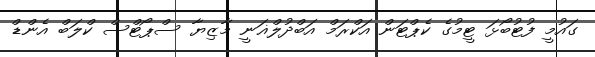
ގައުމީ ފުޓުބޯޅަ ޓީމުގެ ކެޕްޓަން އަކްރަމް އަބްދުލްޣަނީ މާޒިޔާ ސްޕޯޓްސް ކްލަބް އެންޑް